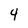
Character: 4